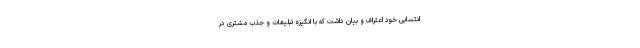
انتسابی خود اعتراف و بیان داشت که با انگیزه تبلیغات و جذب مشتری در